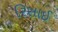
રિસાઈ